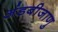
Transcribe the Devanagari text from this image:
अंडबीजाणु